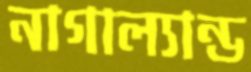
নাগাল্যান্ড